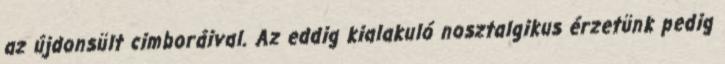
az újdonsült cimboráival. Az eddig kialakuló nosztalgikus érzetünk pedig